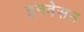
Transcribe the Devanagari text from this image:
इनवेसन